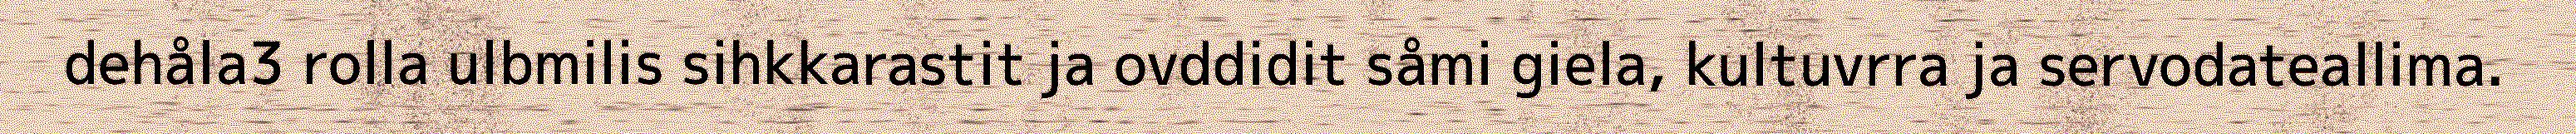
dehåla3 rolla ulbmilis sihkkarastit ja ovddidit såmi giela, kultuvrra ja servodateallima.